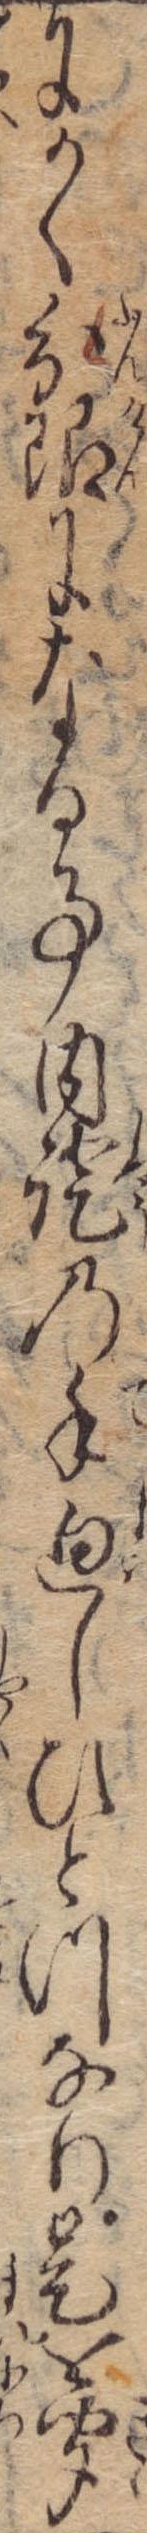
にかく分限になる事内証の手廻しひとつなり是を聞